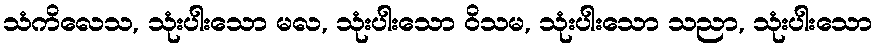
သံကိလေသ, သုံးပါးသော မလ, သုံးပါးသော ဝိသမ, သုံးပါးသော သညာ, သုံးပါးသော